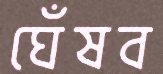
ঘেঁষব